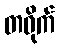
တဝိုက်